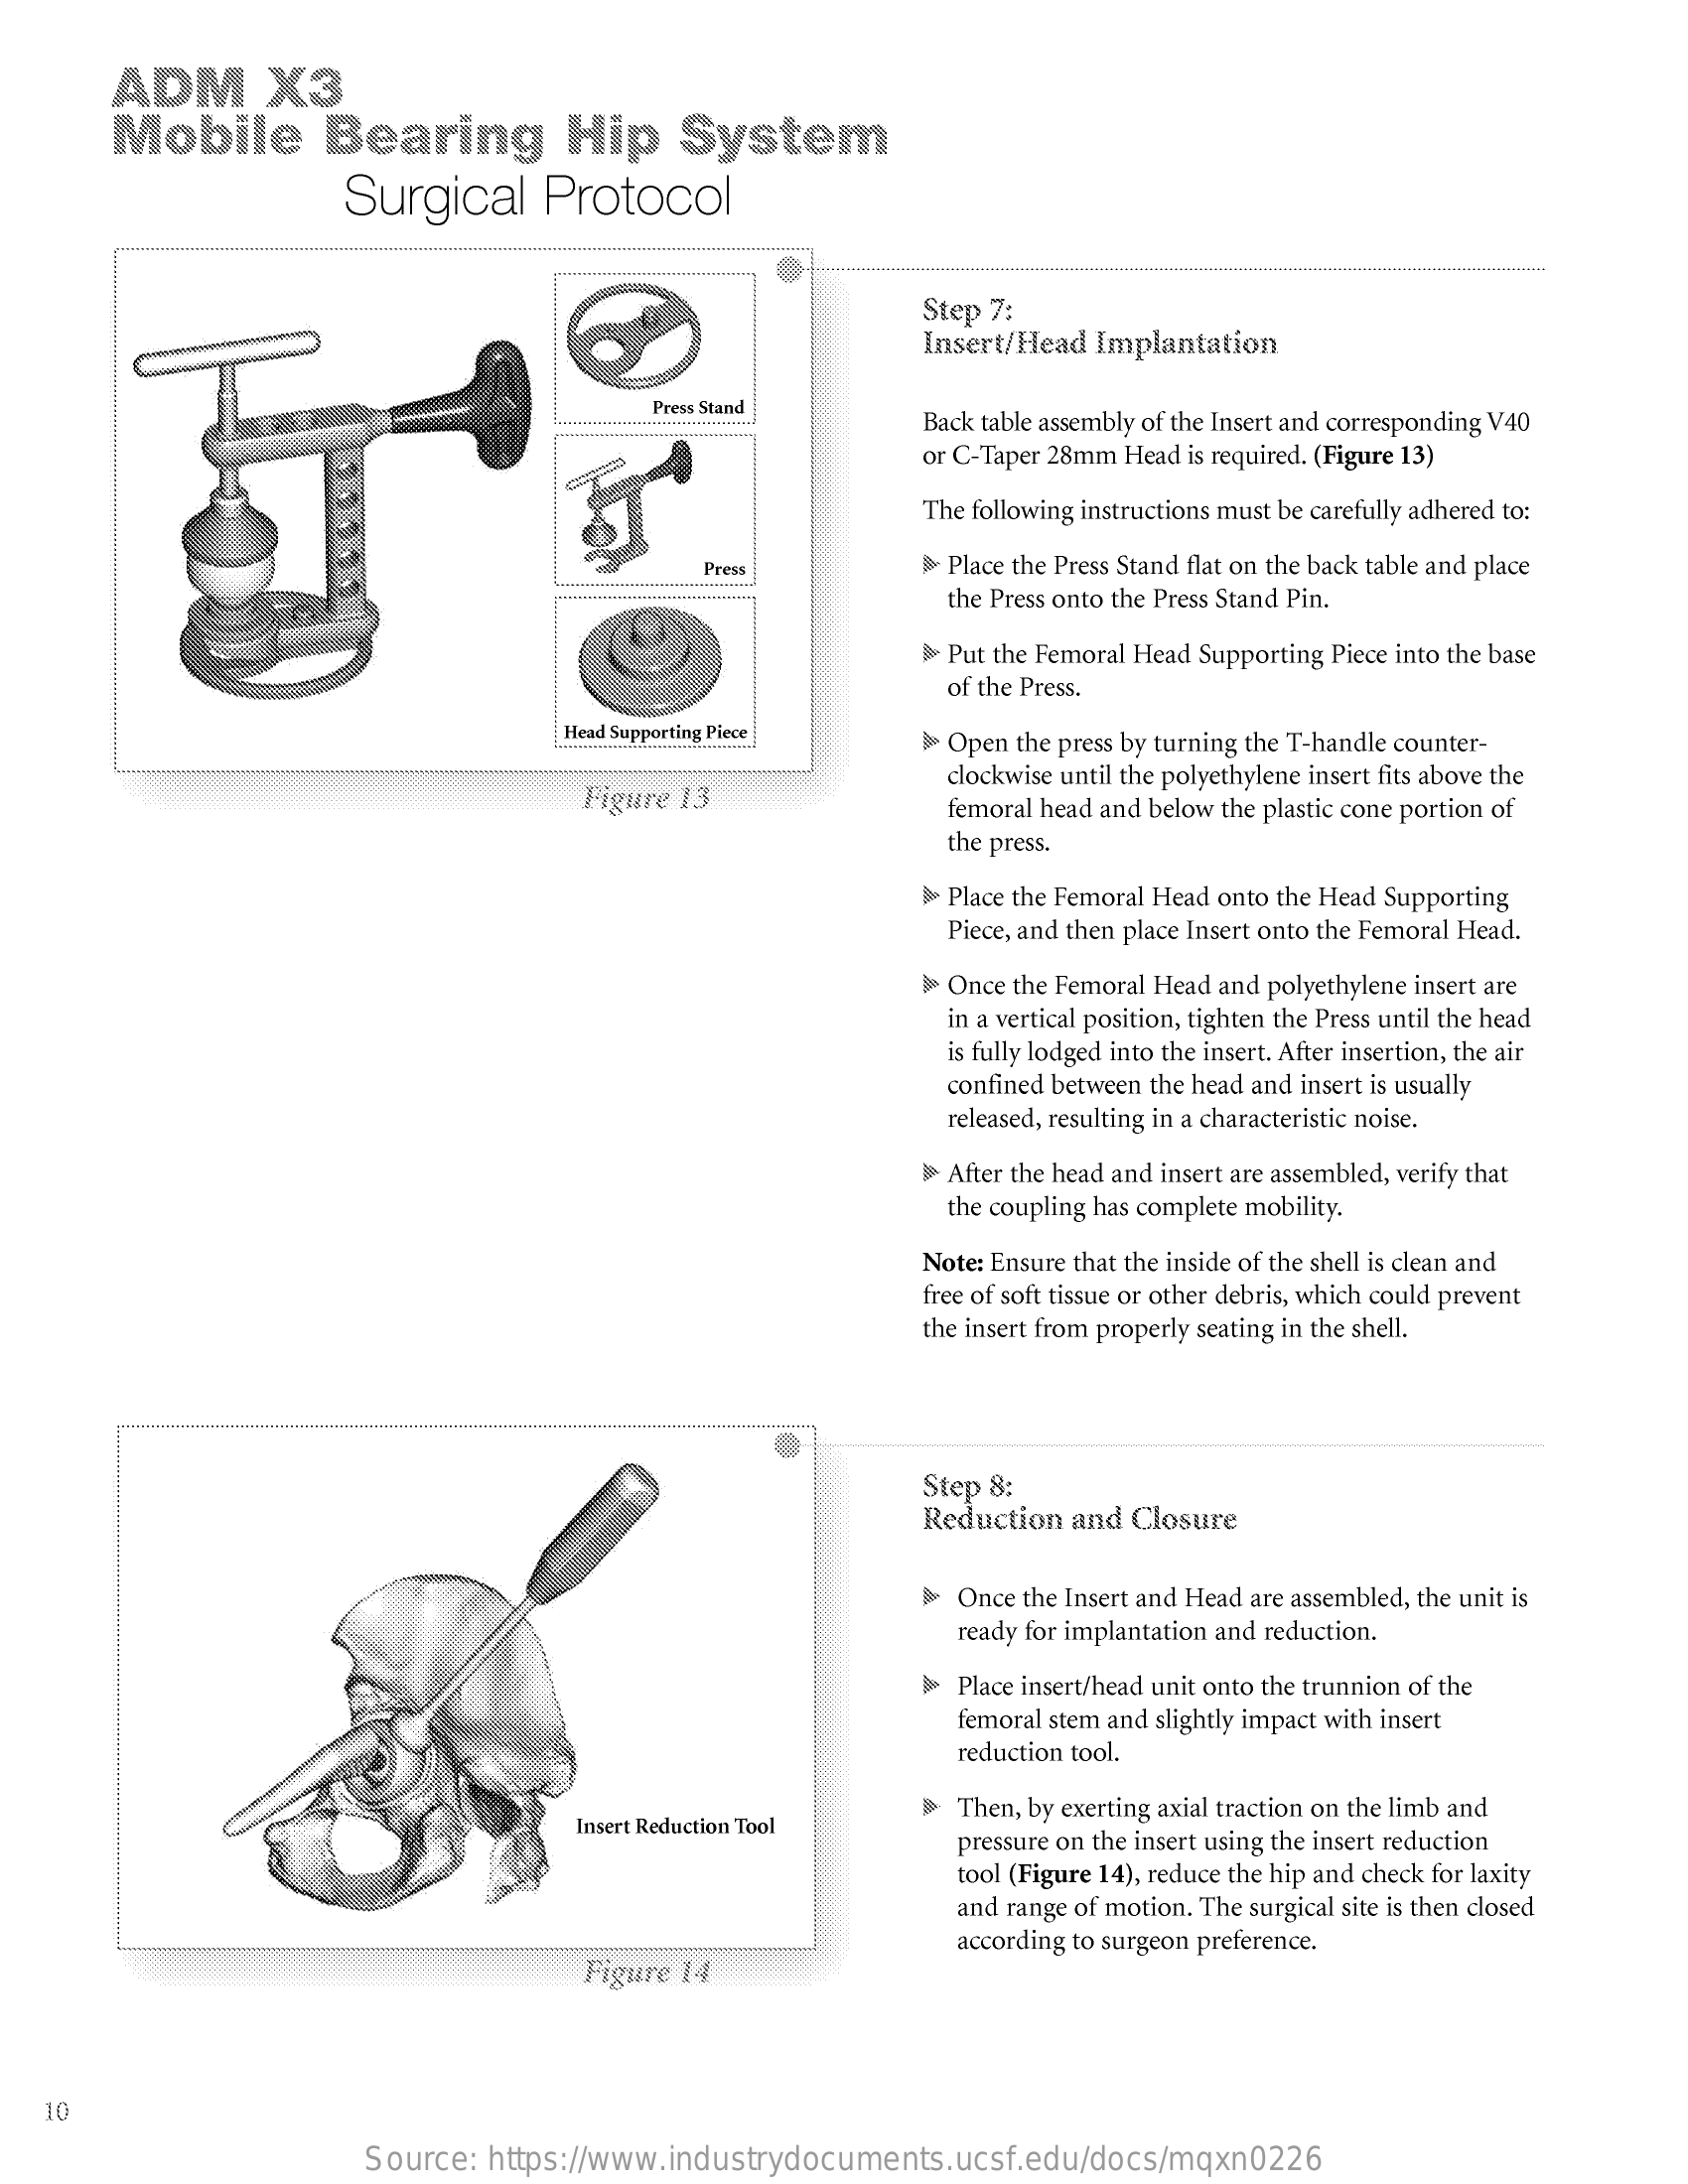
ADM    X3
     Mobile    Bearing    Hip    System
     Surgical   Protocol
     Step 7:
     Insert/Head Implantation
     Press Stand
     Back table assembly of the Insert and corresponding V40
     or C-Taper 28mm Head is required. (Figure 13)
     The following instructions must be carefully adhered to:
     Press    > Place the Press Stand flat on the back table and place
     the Press onto the Press Stand Pin.
     Put the Femoral Head Supporting Piece into the base
     of the Press.
     Head Supporting Piece
     .........    Open the press by turning the T-handle counter-
     Figure 13
     clockwise until the polyethylene insert fits above the
     femoral head and below the plastic cone portion of
     the press.
     > Place the Femoral Head onto the Head Supporting
     Piece, and then place Insert onto the Femoral Head.
     > Once the Femoral Head and polyethylene insert are
     in a vertical position, tighten the Press until the head
     is fully lodged into the insert. After insertion, the air
     confined between the head and insert is usually
     released, resulting in a characteristic noise.
     After the head and insert are assembled, verify that
     the coupling has complete mobility.
     Note: Ensure that the inside of the shell is clean and
     free of soft tissue or other debris, which could prevent
     the insert from properly seating in the shell.
     Step 8:
     Reduction and Closure
     Once the Insert and Head are assembled, the unit is
     ready for implantation and reduction.
     Place insert/head unit onto the trunnion of the
     femoral stem and slightly impact with insert
     reduction tool.
     Insert Reduction Tool
     Then, by exerting axial traction on the limb and
     pressure on the insert using the insert reduction
     tool (Figure 14), reduce the hip and check for laxity
     and range of motion. The surgical site is then closed
     Figure 14
     according to surgeon preference.
   10
     Source: https://www.industrydocuments.ucsf.edu/docs/mqxn0226